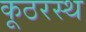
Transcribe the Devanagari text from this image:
कूठरस्थ